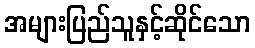
အများပြည်သူနှင့်ဆိုင်သော